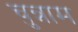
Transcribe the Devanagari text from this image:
चुन्नाम